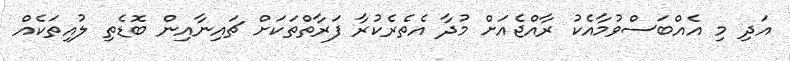
އަދި މި އެއްބަސްވުމާއެކު ރާއްޖެއަށް މުދާ އެތެރެކުރާ ފަރާތްތަކަށް ޗައިނާއިން ބޮޑެތި ލުއިތަކެއް